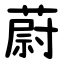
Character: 蔚